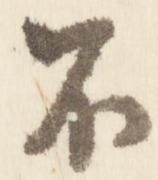
不